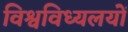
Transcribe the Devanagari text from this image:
विश्वविध्यलयों